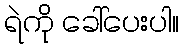
ရဲကို ခေါ်ပေးပါ။